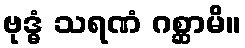
ဗုဒ္ဓံ သရဏံ ဂစ္ဆာမိ။